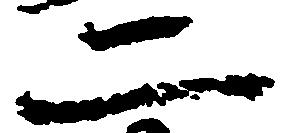
二